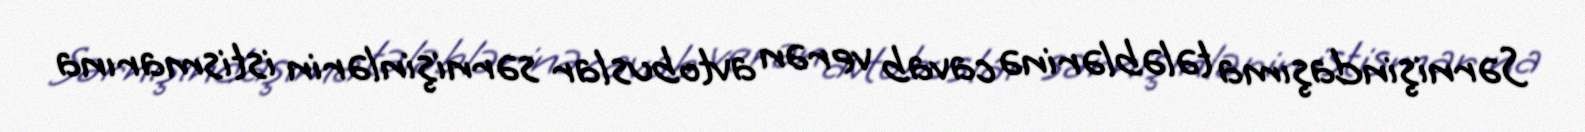
Sərnişindaşıma tələblərinə cavab verən avtobuslar sərnişinlərin istismarına